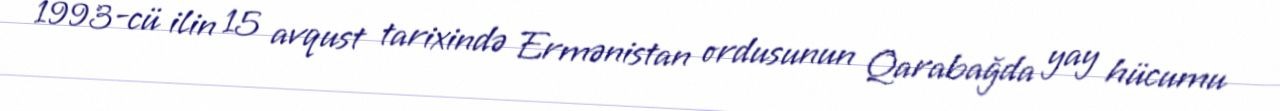
1993-cü ilin 15 avqust tarixində Ermənistan ordusunun Qarabağda yay hücumu